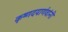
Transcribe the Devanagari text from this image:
कृष्णदयार्णवांनी